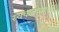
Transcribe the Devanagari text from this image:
स्वकर्तव्याची